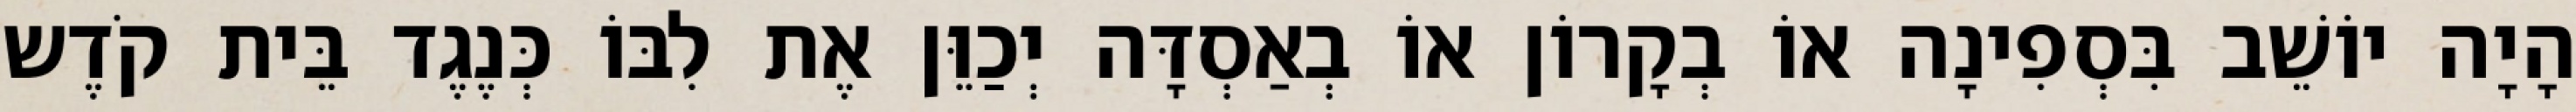
הָיָה יוֹשֵׁב בִּסְפִינָה אוֹ בְקָרוֹן אוֹ בְאַסְדָּה יְכַוֵּן אֶת לִבּוֹ כְּנֶגֶד בֵּית קֹדֶש